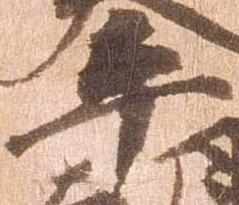
平